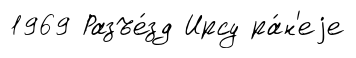
1969 Разъе́зд Ирсу ра́н'еjе